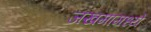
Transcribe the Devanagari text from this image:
जखमामध्ये